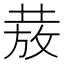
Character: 𭣺